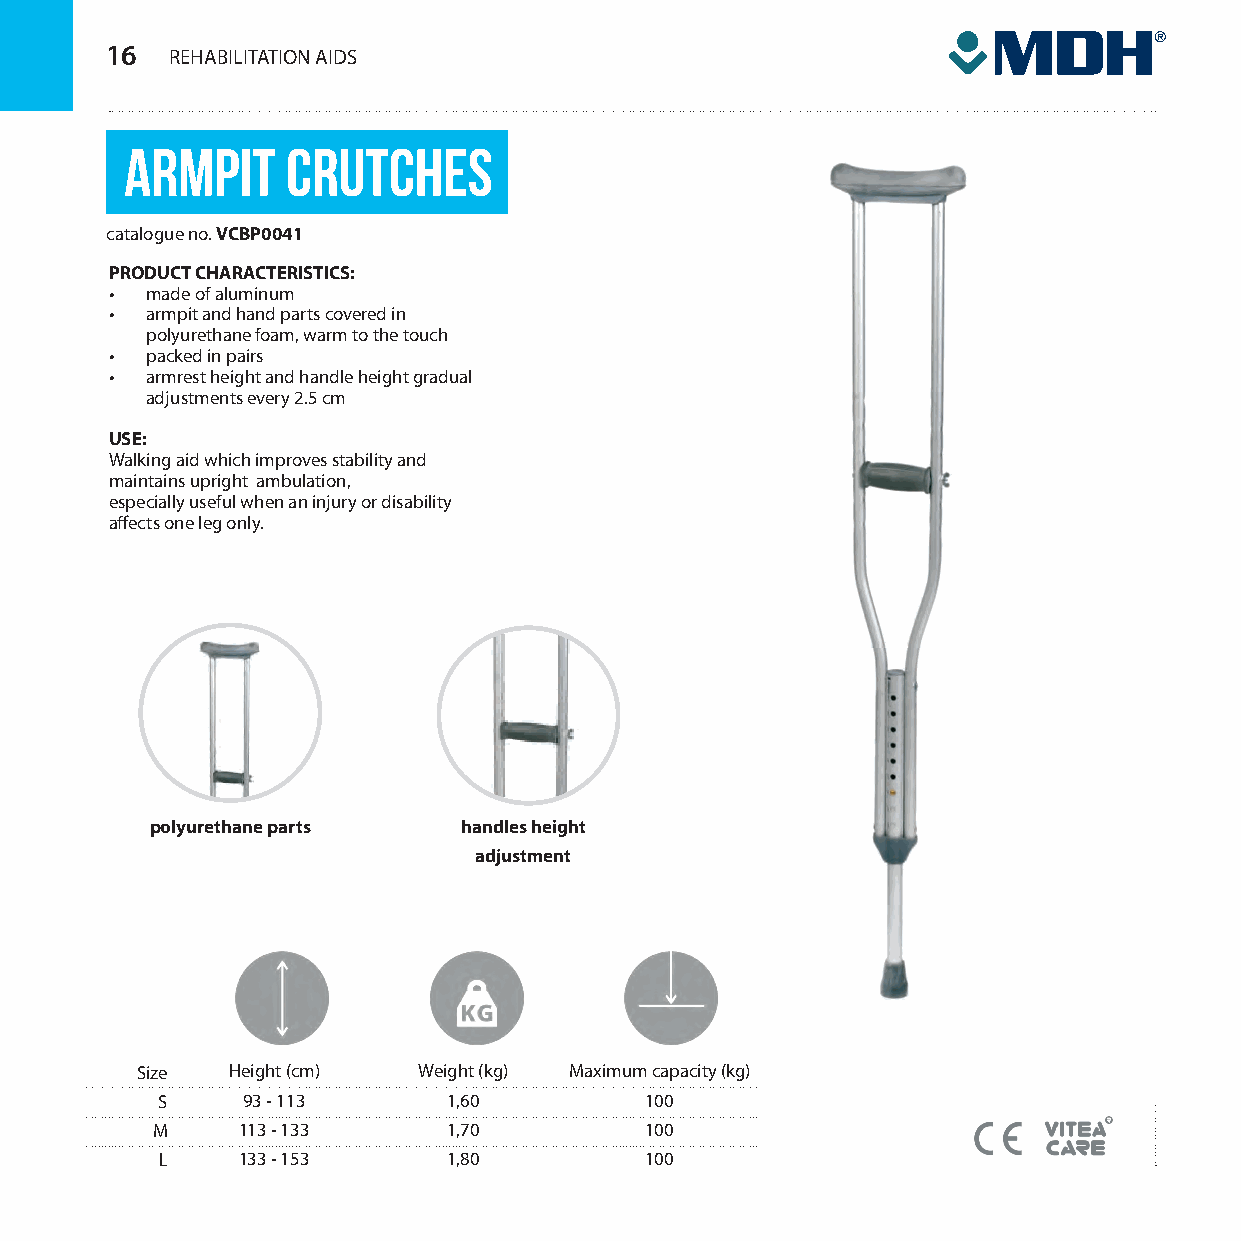
16  REHABILITATION SASpIpDrrzSzęętt ppoommooccnniciczzyy
 Armpit     crutches
 catalogue no. VCBP0041
 PRODUCT CHARACTERISTICS:
 •  made of aluminum
 •  armpit and hand parts covered in
 polyurethane foam, warm to the touch
 •  packed in pairs
 •  armrest height and handle height gradual
 adjustments every 2.5 cm
 USE:
 Walking aid which improves stability and
 maintains upright ambulation,
 especially useful when an injury or disability
 affects one leg only.
 polyurethane parts  handles height
 adjustment
 Size  Height (cm)  Weight (kg) Maximum capacity (kg)
 S     93 - 113      1,60         100
 M     113 - 133     1,70         100
 L    133 - 153     1,80         100